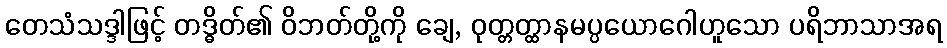
တေသံသဒ္ဒါဖြင့် တဒ္ဓိတ်၏ ဝိဘတ်တို့ကို ချေ, ဝုတ္တတ္ထာနမပ္ပယောဂေါဟူသော ပရိဘာသာအရ